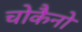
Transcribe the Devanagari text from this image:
चोकैनो